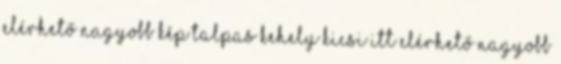
elérhető Nagyobb kép Talpas kehely kicsi itt elérhető Nagyobb